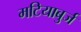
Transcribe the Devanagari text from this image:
मटियाबुर्ज